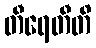
တီရေတီတိ